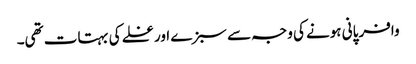
وافر پانی ہونے کی وجہ سے سبزے اور غلے کی بہتات تھی۔